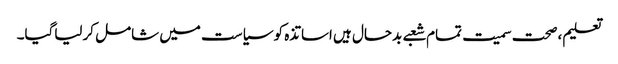
تعلیم ،صحت سمیت تمام شعبے بدحال ہیں اساتذہ کو سیاست میں شامل کرلیاگیا۔